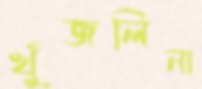
খুঁজলিনা